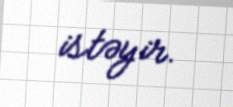
istəyir.